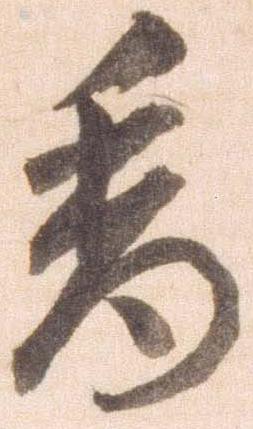
香